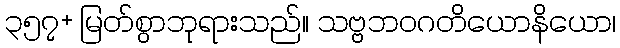
၃၅၇+ မြတ်စွာဘုရားသည်။ သဗ္ဗဘဝဂတိယောနိယော၊